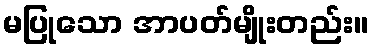
မပြုသော အာပတ်မျိုးတည်း။